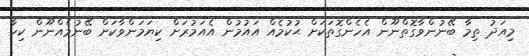
މިއަދު ތިމާ ބޭނުންވާގޮތްނޫން އެހެންގޮތަކަށް ޙުކުމެއް އައުމުން އެއަމުރަށް ކިޔަމަންވާކަށް ބޭނުމެއްނޫން ކިހާ